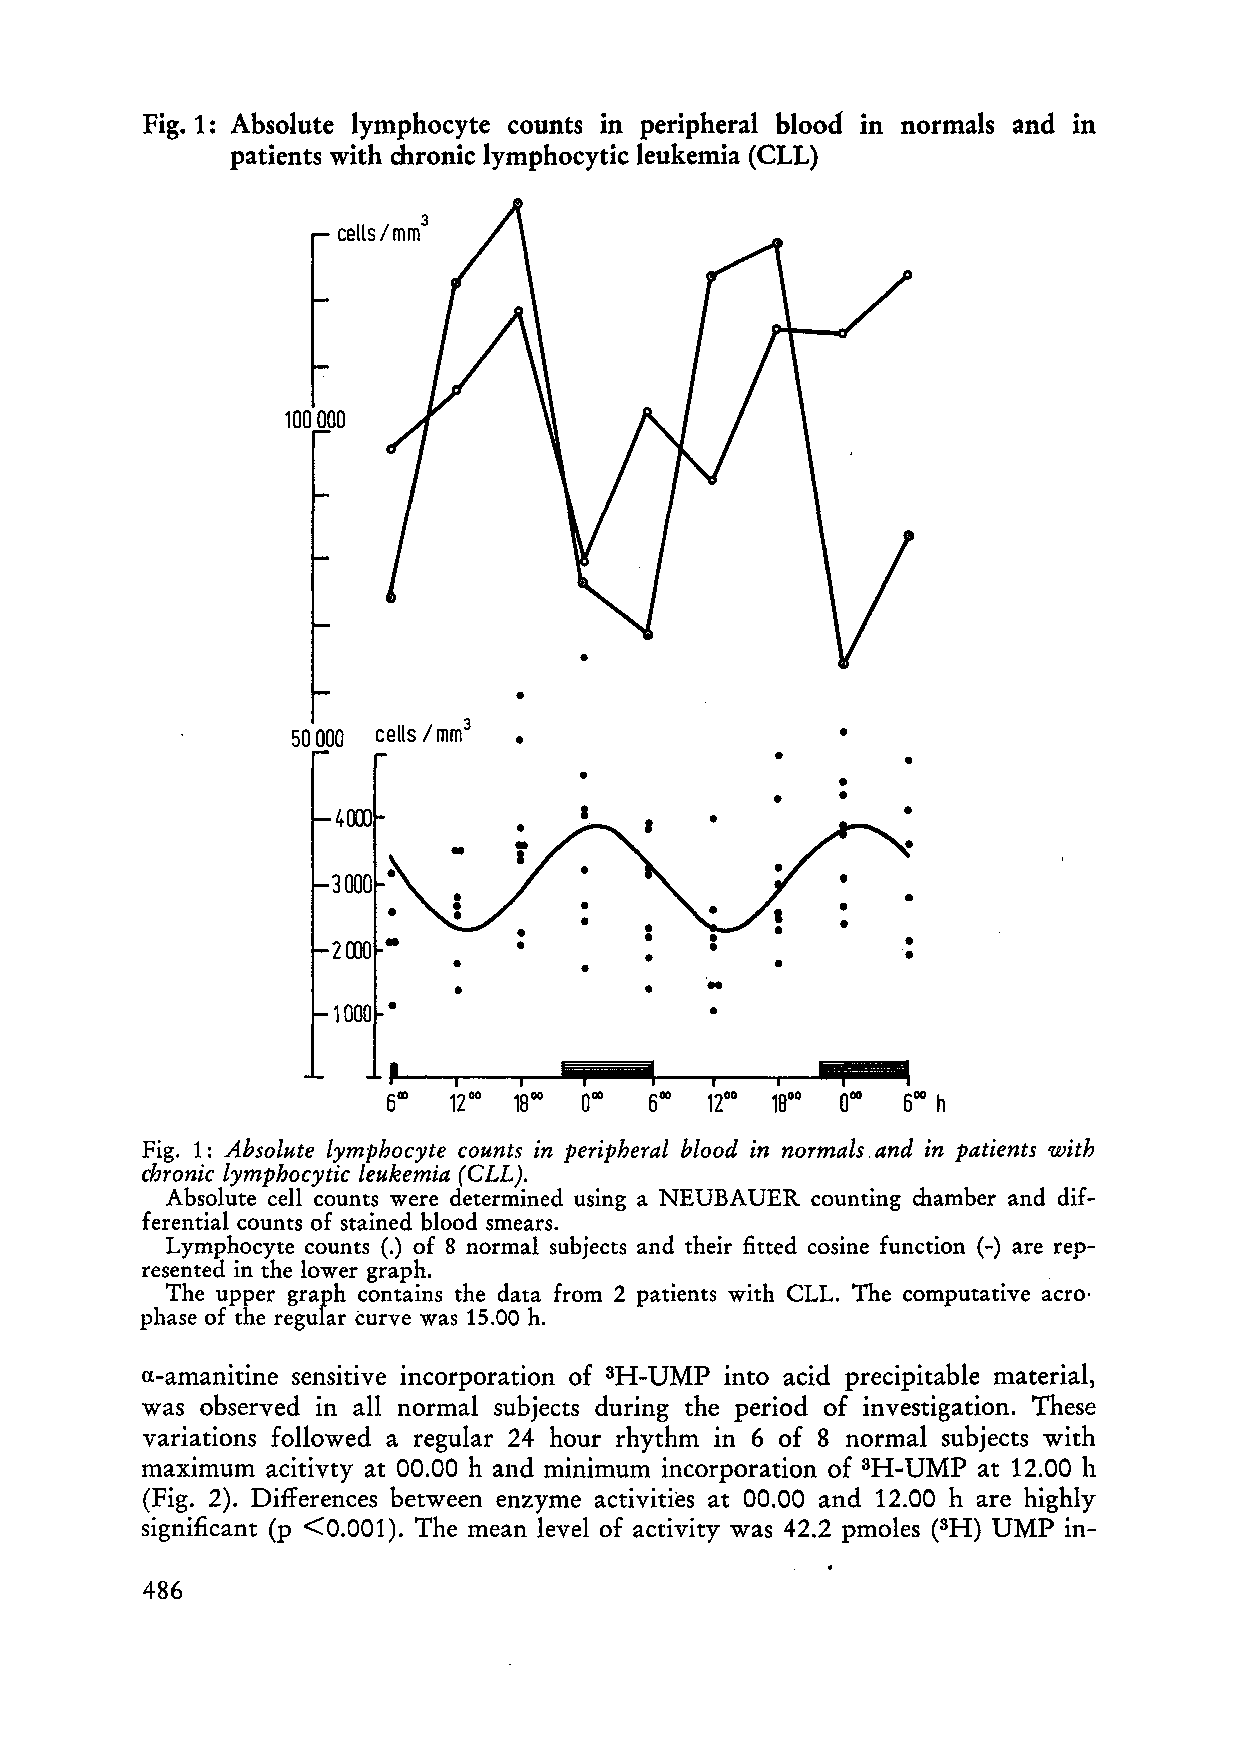
Fig. 1: Absolute lymphocyte counts in peripheral blood in normals and in
 patients with cllronic lymphocytic leukemia (CLL)
 3
 cells / mm
 100000
 •
 •
 50000 cells /mm3 •                   •
 •        •
 •                 •
 •    •
 •
 I
 ,
 600 h
 Fig. 1: Absolute lymphocyte counts in peripheral blood in normals . and in patients with
 chronic lymphocytic leukemia (CLL).
 Absolute cell counts were determined using a NEUBAUER counting chamber and dif
 ferential counts of stained blood smears.
 Lymphocyte counts (.) of 8 normal subjects and their ntted eosine function (-) are rep
 resented in the lower graph.
 The upper graph contains the data from 2 patients with CLL. The computative acro·
 phase of the regular turve was 15.00 h.
 <l-amamtme sensItIve incorporation of 3H-UMP into acid precipitable material,
 was observed in a11 normal subjects during the period of investigation. These
 variations fo11owed a regular 24 hour rhythm in 6 of 8 normal subjects with
 maximum  acitivty at 00.00 hand minimum incorporation of 3H-UMP at 12.00 h
 (Fig. 2). Differences between enzyme activities at 00.00 and 12.00 h are highly
 significant (p <0.001). The mean level of activity was 42.2 pmoles (SH) UMP in-
 486